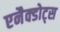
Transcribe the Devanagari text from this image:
एनैक्डोट्स